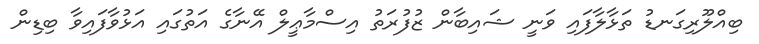
ބިއްލޫރިގަނޑު ތަޅާލާފައި ވަނީ ޝައިބާން ޒުފުރަތު އިސްމާޢީލް އޭނާގެ އަތުގައި އަޅުވާފައިވާ ބިޑިން